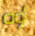
أوه